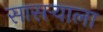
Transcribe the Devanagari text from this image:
सासर्‍याला